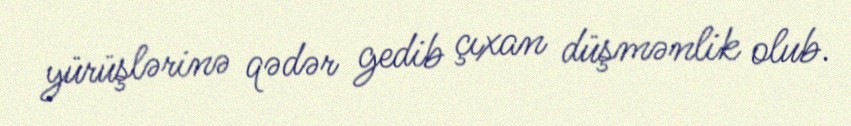
yürüşlərinə qədər gedib çıxan düşmənlik olub.